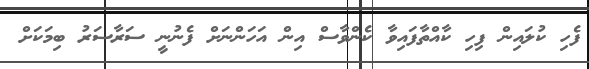
ފެހި ކުލައިން ފިހި ކާއްތާފައިވާ ކެންވާސް އިން އަހަންނަށް ފެނުނީ ސަރާސަރު ބިމަކަށް